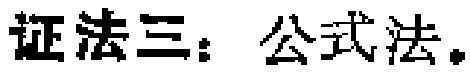
证法三：公式法。